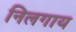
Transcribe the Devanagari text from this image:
निलगाय